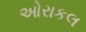
ઓરાકલ